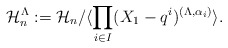
\begin{align*} \mathcal{H}_n^{\Lambda}:=\mathcal{H}_n/\langle \prod_{i\in I}(X_1-q^i)^{(\Lambda,\alpha_i)}\rangle.\end{align*}